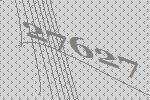
27627